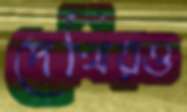
দেখিরও